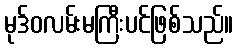
မုဒ်ဝလမ်းမကြီးပင်ဖြစ်သည်။